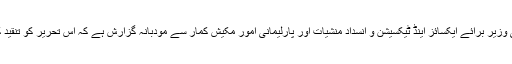
اب آئیے چلتے ہیں کچھ سندھ کے حالات کی طرف صوبائی وزیر برائے ایکسائز اینڈ ٹیکسیشن و انسداد منشیات اور پارلیمانی امور مکیش کمار سے مودبانہ گزارش ہے کہ اس تحریر کو تنقید کے زمرے میں نہ لیں بلکہ اس کو اصلاح کے طور پر لیں۔